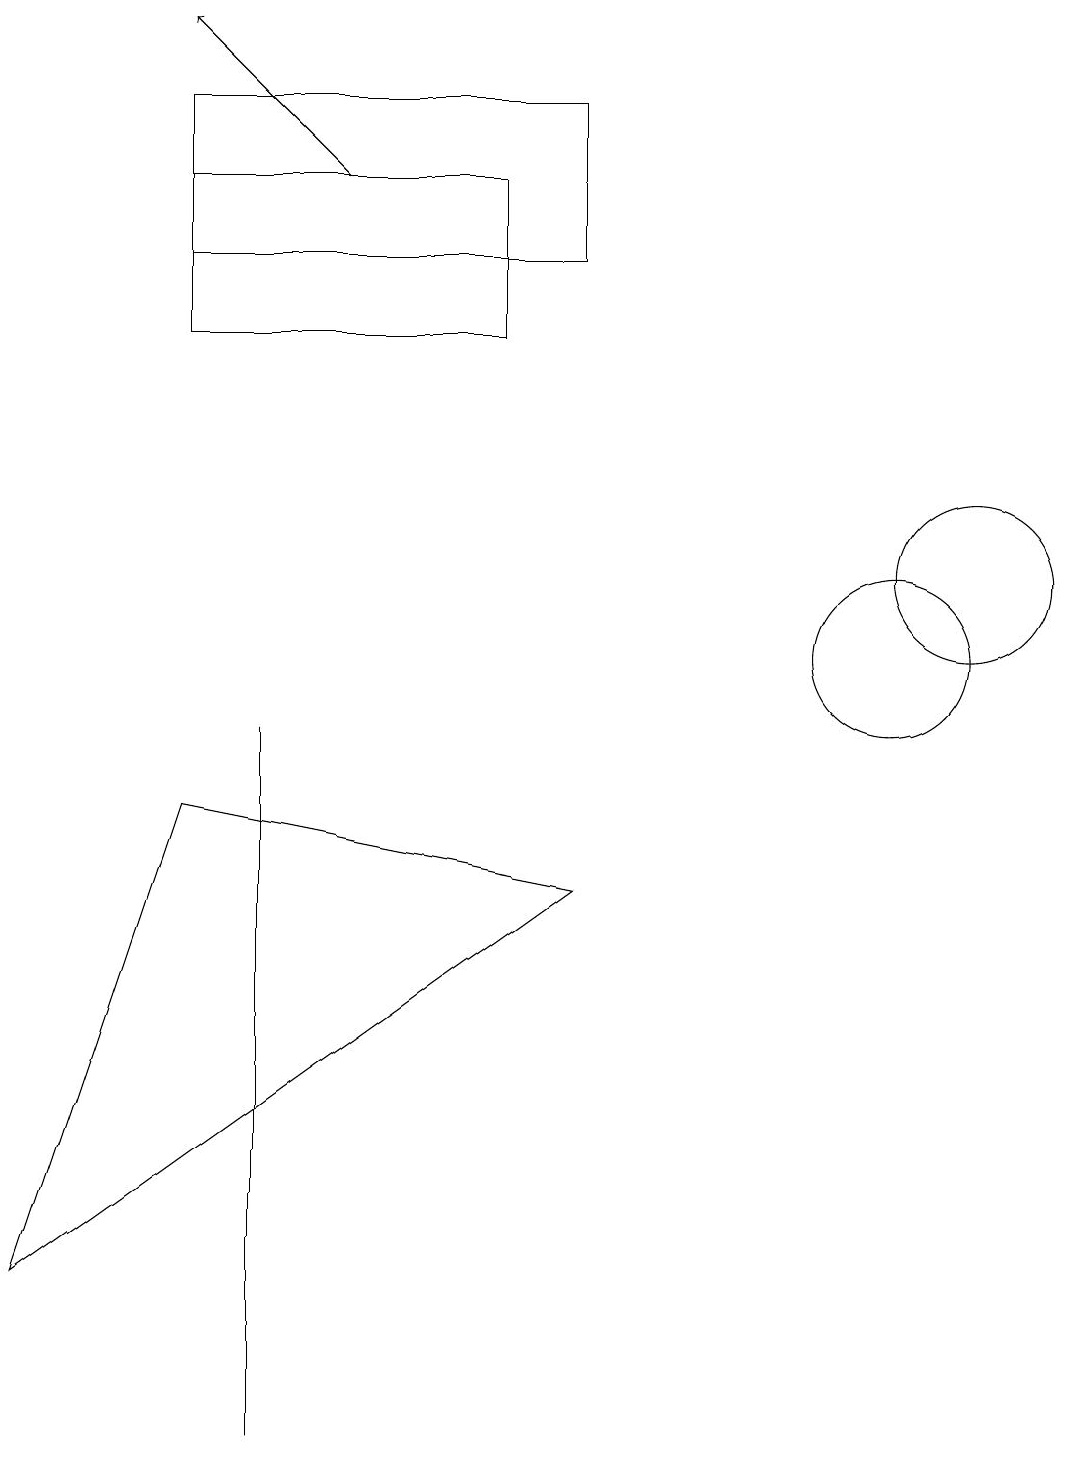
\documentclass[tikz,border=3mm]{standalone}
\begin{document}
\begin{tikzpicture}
\draw (2,15) rectangle (7,17);
\draw (11,10) circle (1);
\draw (7,7) -- (0,2) -- (2,8) -- cycle;
\draw (3,7) -- (3,0) -- (3,9) -- cycle;
\draw[->] (4,16) -- (2,18);
\draw (6,14) rectangle (2,16);
\draw (12,11) circle (1);
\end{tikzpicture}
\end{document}